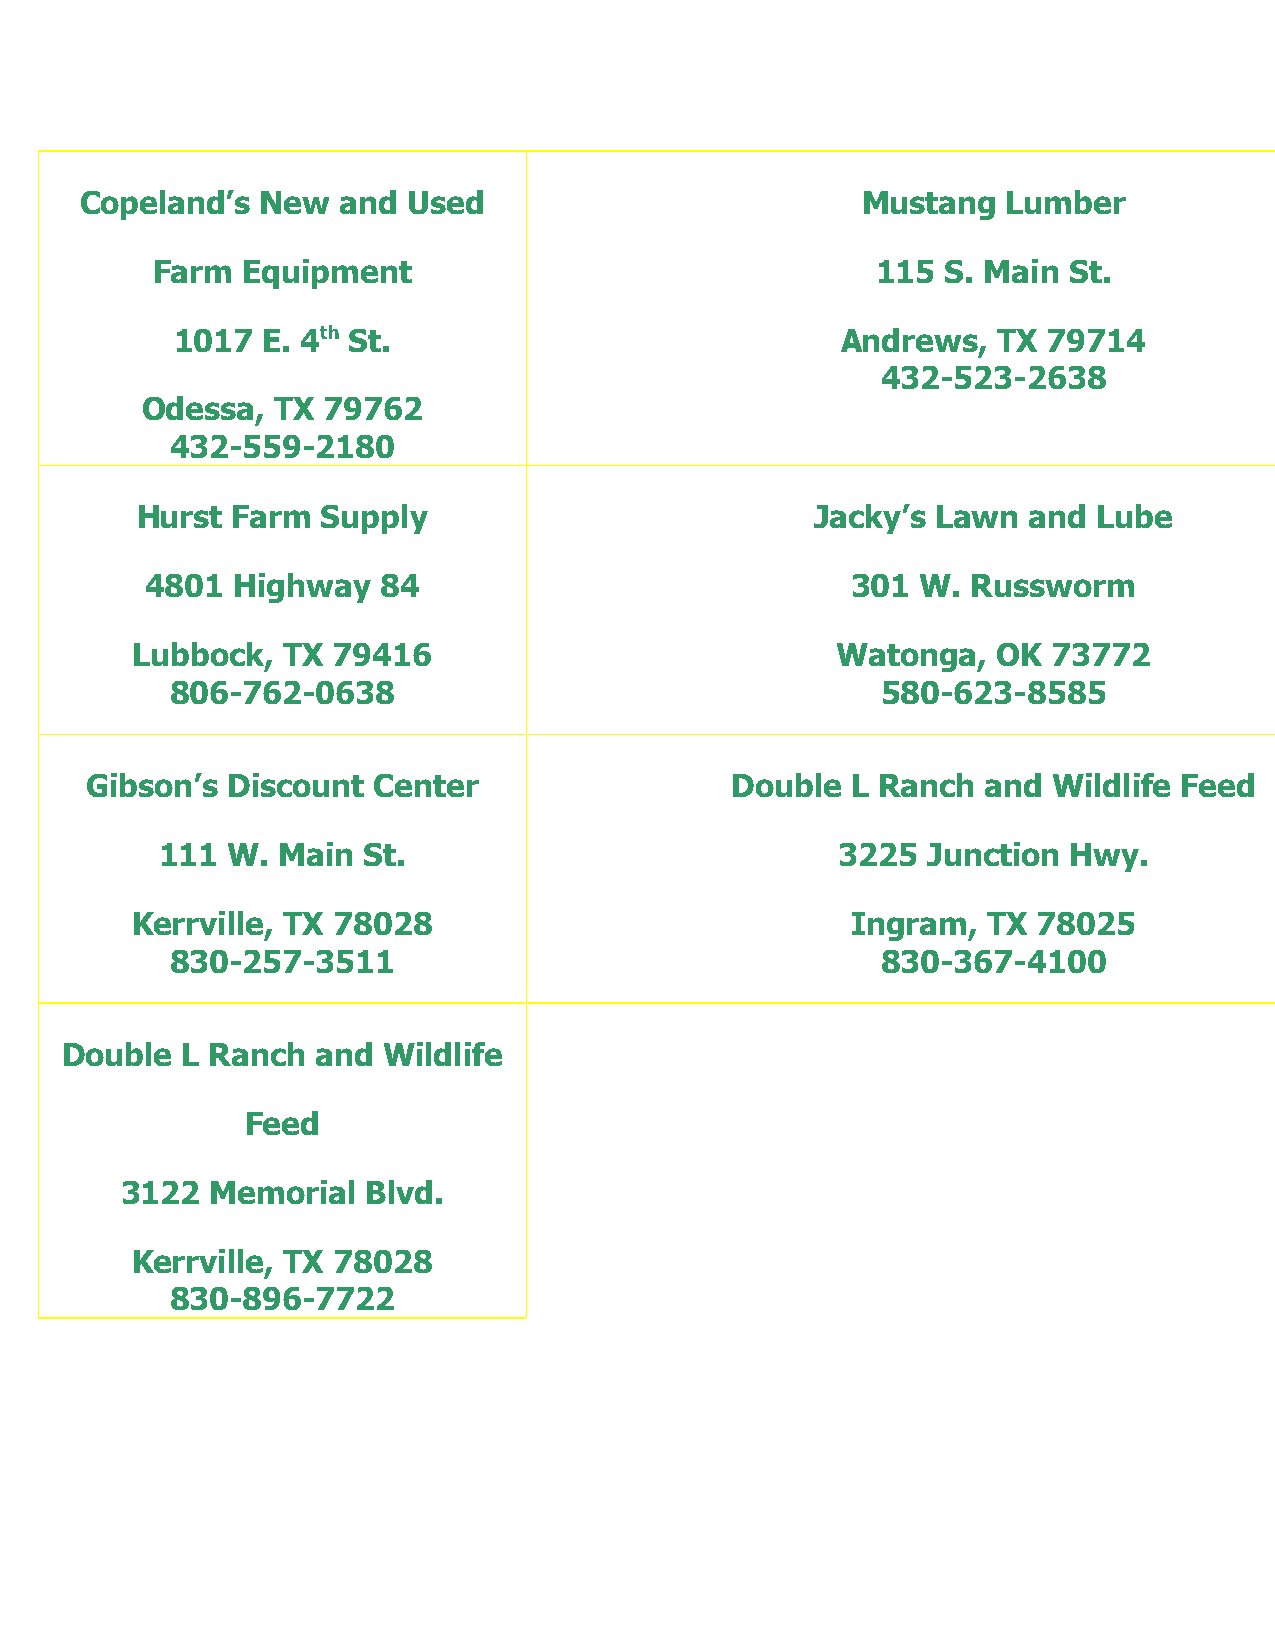
Copeland’s  New  and  Used                          Mustang   Lumber
 Farm  Equipment                                 115  S. Main St.
 1017 E. 4th St.                             Andrews,  TX 79714
 432-523-2638
 Odessa,  TX 79762
 432-559-2180
 Hurst Farm  Supply                           Jacky’s Lawn  and  Lube
 4801 Highway   84                             301  W. Russworm
 Lubbock,  TX 79416                            Watonga,   OK  73772
 806-762-0638                                   580-623-8585
 Gibson’s Discount  Center                 Double  L Ranch  and  Wildlife Feed
 111 W. Main  St.                             3225 Junction  Hwy.
 Kerrville, TX 78028                            Ingram,  TX  78025
 830-257-3511                                   830-367-4100
 Double  L Ranch  and Wildlife
 Feed
 3122  Memorial  Blvd.
 Kerrville, TX 78028
 830-896-7722